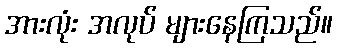
အားလုံး အလုပ် များနေကြသည်။